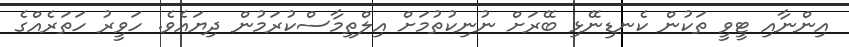
އިންނާއި ޓީވީ ތަކުން ކެނޑިނޭޅި ބޭރަށް ނުނިކުތުމަށް އިލްތިމާސްކުރަމުން ދިޔައެވެ. ހަވީރު ހަތަރެއްގެ